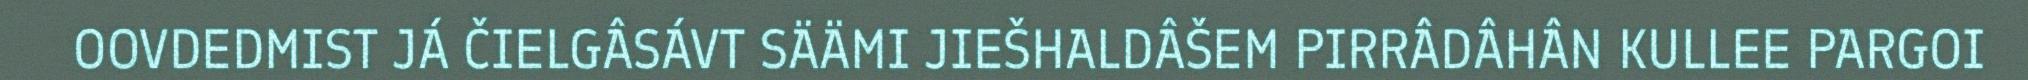
OOVDEDMIST JÁ ČIELGÂSÁVT SÄÄMI JIEŠHALDÂŠEM PIRRÂDÂHÂN KULLEE PARGOI